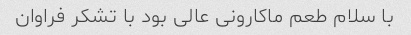
با سلام طعم ماکارونی عالی بود با تشکر فراوان